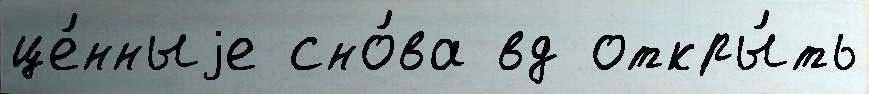
це́нныjе сно́ва вд откры́ть